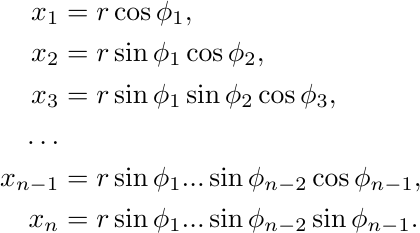
\begin{align*}
x_1   &= r \cos \phi_1,\\
x_2   &= r \sin \phi_1 \cos \phi_2,\\
x_3   &= r \sin \phi_1 \sin \phi_2 \cos \phi_3,\\
\ldots\\
x_{n-1} &= r \sin \phi_1 ... \sin \phi_{n-2} \cos \phi_{n-1},\\
x_n   &= r \sin \phi_1 ... \sin \phi_{n-2} \sin \phi_{n-1}.
\end{align*}